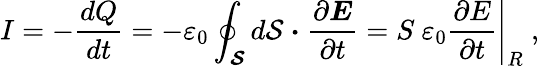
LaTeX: I=-{\frac{dQ}{dt}}=-\varepsilon_{0}\oint_{\mathcal{\boldsymbol{S}}}d\mathbf{\mathcal{S}}\ {\boldsymbol{\cdot}}\ {\frac{\partial{\boldsymbol{E}}}{\partial t}}={S}\ \varepsilon_{0}\left.{\frac{\partial E}{\partial t}}\right|_{R}\ ,